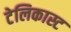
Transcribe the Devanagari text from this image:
टेलिकास्ट